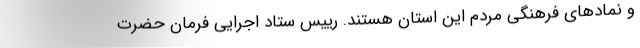
و نمادهای فرهنگی مردم این اُستان هستند. رییس ستاد اجرایی فرمان حضرت